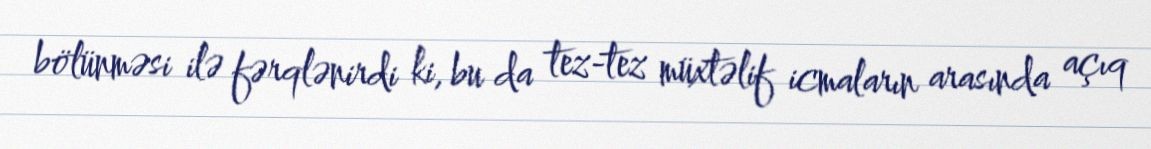
bölünməsi ilə fərqlənirdi ki, bu da tez-tez müxtəlif icmaların arasında açıq